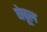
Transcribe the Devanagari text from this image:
बेवूल